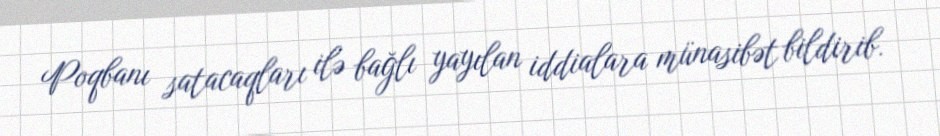
Poqbanı satacaqları ilə bağlı yayılan iddialara münasibət bildirib.